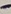
Text: -